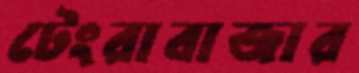
টেংরাবাজার